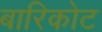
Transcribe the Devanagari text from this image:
बारिकोट